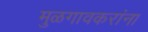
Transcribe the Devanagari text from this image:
मुळगावकरांना